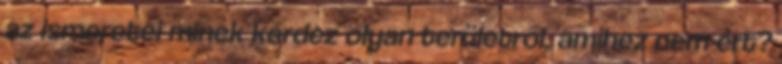
az ismeretei minek kérdez olyan területről, amihez nem ért?